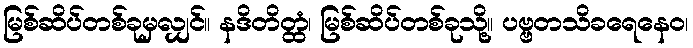
မြစ်ဆိပ်တစ်ခုမှလျှင်။ နဒိတိတ္ထံ၊ မြစ်ဆိပ်တစ်ခုသို့။ ပဗ္ဗတသိခရေနေဝ၊